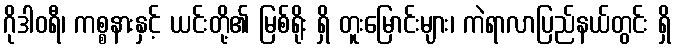
ဂိုဒါဝရီ၊ ကစ္စနားနှင့် ယင်းတို့၏ မြစ်ရိုး ရှိ တူးမြောင်းများ၊ ကဲရာလာပြည်နယ်တွင်း ရှိ